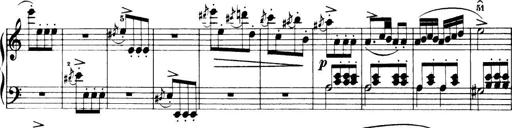
Title: 32 Sonatinas and Rondos for the Piano
Composer: Richard Kleinmichel